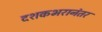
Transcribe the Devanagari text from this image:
दशकभरानंतर